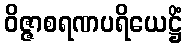
ဝိဇ္ဇာစရဏပရိယေဋ္ဌိံ